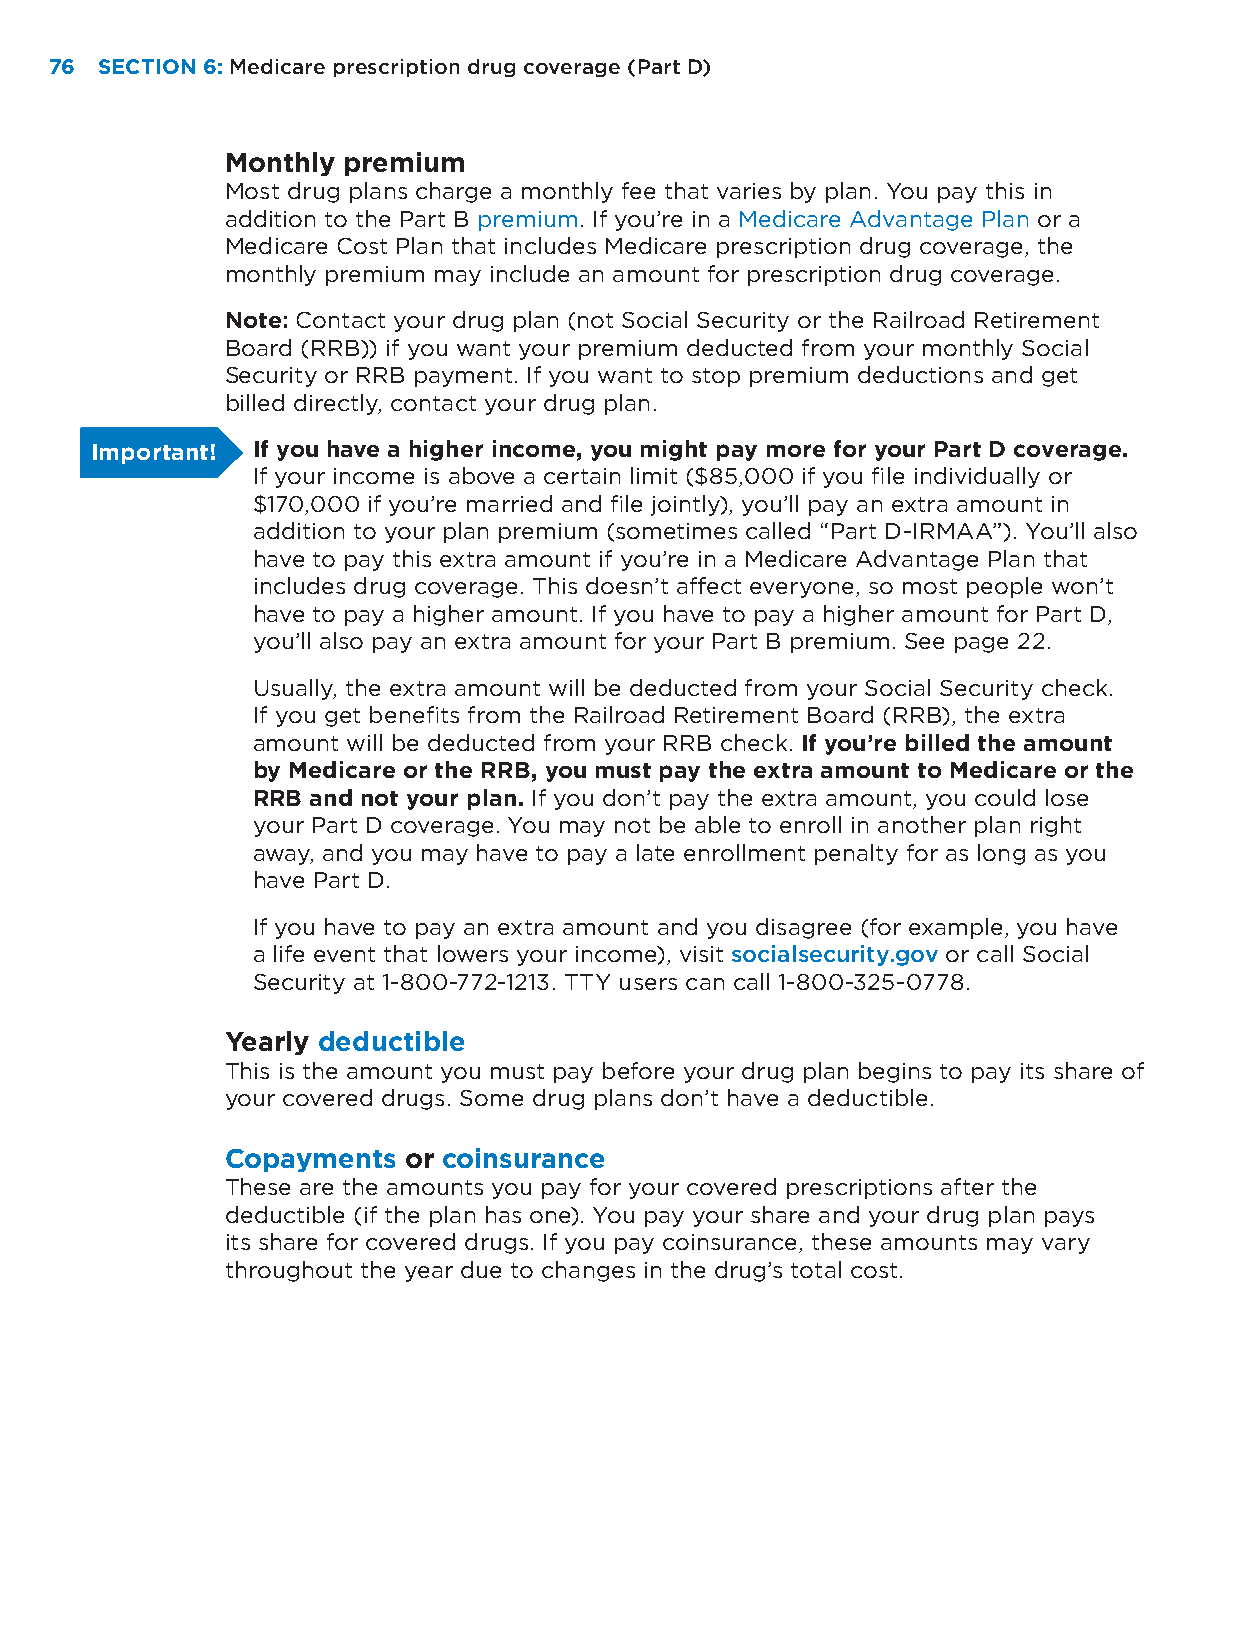
76 SECTION 6: Medicare prescription drug coverage (Part D)
 Monthly premium
 Most drug plans charge a monthly fee that varies by plan. You pay this in
 addition to the Part B premium. If you’re in a Medicare Advantage Plan or a
 Medicare Cost Plan that includes Medicare prescription drug coverage, the
 monthly premium may include an amount for prescription drug coverage.
 Note: Contact your drug plan (not Social Security or the Railroad Retirement
 Board (RRB)) if you want your premium deducted from your monthly Social
 Security or RRB payment. If you want to stop premium deductions and get
 billed directly, contact your drug plan.
 Important! If you have a higher income, you might pay more for your Part D coverage.
 If your income is above a certain limit ($85,000 if you file individually or
 $170,000 if you’re married and file jointly), you’ll pay an extra amount in
 addition to your plan premium (sometimes called “Part D-IRMAA”). You’ll also
 have to pay this extra amount if you’re in a Medicare Advantage Plan that
 includes drug coverage. This doesn’t affect everyone, so most people won’t
 have to pay a higher amount. If you have to pay a higher amount for Part D,
 you’ll also pay an extra amount for your Part B premium. See page 22.
 Usually, the extra amount will be deducted from your Social Security check.
 If you get benefits from the Railroad Retirement Board (RRB), the extra
 amount will be deducted from your RRB check. If you’re billed the amount
 by Medicare or the RRB, you must pay the extra amount to Medicare or the
 RRB and not your plan. If you don’t pay the extra amount, you could lose
 your Part D coverage. You may not be able to enroll in another plan right
 away, and you may have to pay a late enrollment penalty for as long as you
 have Part D.
 If you have to pay an extra amount and you disagree (for example, you have
 a life event that lowers your income), visit socialsecurity.gov or call Social
 Security at 1-800-772-1213. TTY users can call 1-800-325-0778.
 Yearly deductible
 This is the amount you must pay before your drug plan begins to pay its share of
 your covered drugs. Some drug plans don’t have a deductible.
 Copayments  or coinsurance
 These are the amounts you pay for your covered prescriptions after the
 deductible (if the plan has one). You pay your share and your drug plan pays
 its share for covered drugs. If you pay coinsurance, these amounts may vary
 throughout the year due to changes in the drug’s total cost.